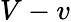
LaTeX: V-v